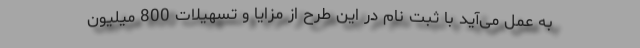
به عمل می‌آید با ثبت نام در این طرح از مزایا و تسهیلات 800 میلیون